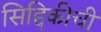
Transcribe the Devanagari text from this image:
सिद्दिकीची